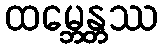
ထမ္ဘေန္တဿ